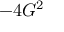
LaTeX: - 4 G ^ { 2 }